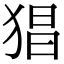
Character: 猖